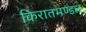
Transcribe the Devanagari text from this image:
किरातमण्डल